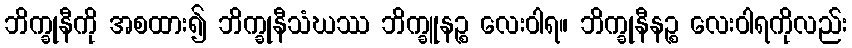
ဘိက္ခုနီကို အစထား၍ ဘိက္ခုနီသံဃဿ ဘိက္ခူနဉ္စ လေးဝါရ။ ဘိက္ခုနီနဉ္စ လေးဝါရကိုလည်း